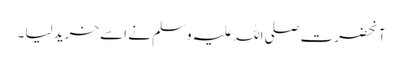
آنحضرت صلی اللہ علیہ وسلم نے اسے خرید لیا ۔